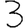
Digit: 3